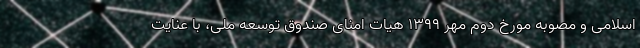
اسلامی و مصوبه مورخ دوم مهر 1399 هیات امنای صندوق توسعه ملی، با عنایت